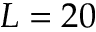
L = 2 0